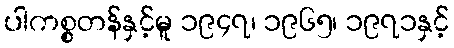
ပါကစ္စတန်နှင့်မူ ၁၉၄၇၊ ၁၉၆၅၊ ၁၉၇၁နှင့်